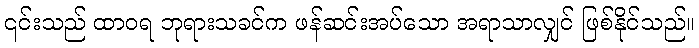
၎င်းသည် ထာဝရ ဘုရားသခင်က ဖန်ဆင်းအပ်သော အရာသာလျှင် ဖြစ်နိုင်သည်။